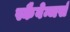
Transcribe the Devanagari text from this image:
स्कैवेन्जर्स